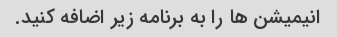
انیمیشن ها را به برنامه زیر اضافه کنید.